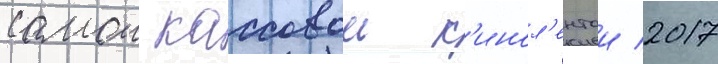
самои кассовои к'инол'ентои 2017